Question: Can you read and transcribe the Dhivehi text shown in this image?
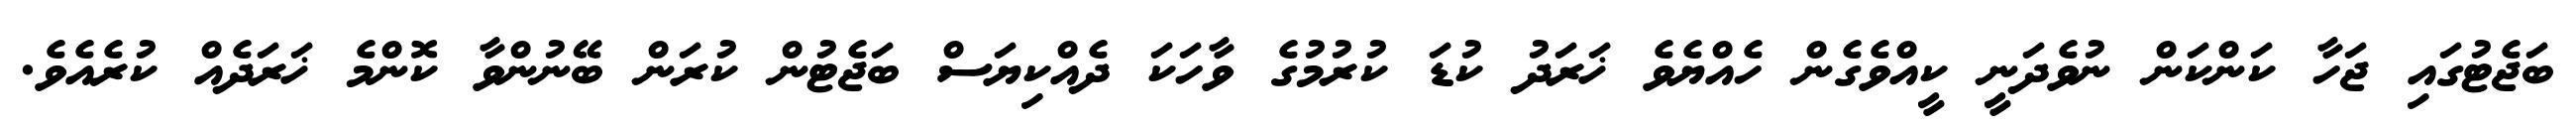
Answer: ބަޖެޓުގައި ޖަހާ ކަންކަން ނުވެދަނީ ކީއްވެގެން ހެއްޔެވެ ޚަރަދު ކުޑަ ކުރުމުގެ ވާހަކަ ދެއްކިޔަސް ބަޖެޓުން ކުރަން ބޭނުންވާ ކޮންމެ ޚަރަދެއް ކުރެއެވެ.